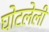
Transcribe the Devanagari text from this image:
घोटलेली